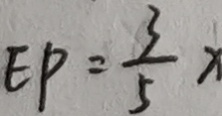
E P = \frac { 3 } { 5 } x